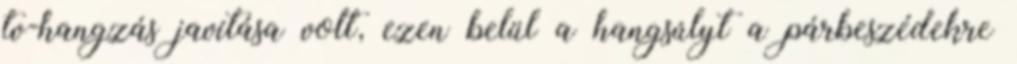
tv-hangzás javítása volt, ezen belül a hangsúlyt a párbeszédekre